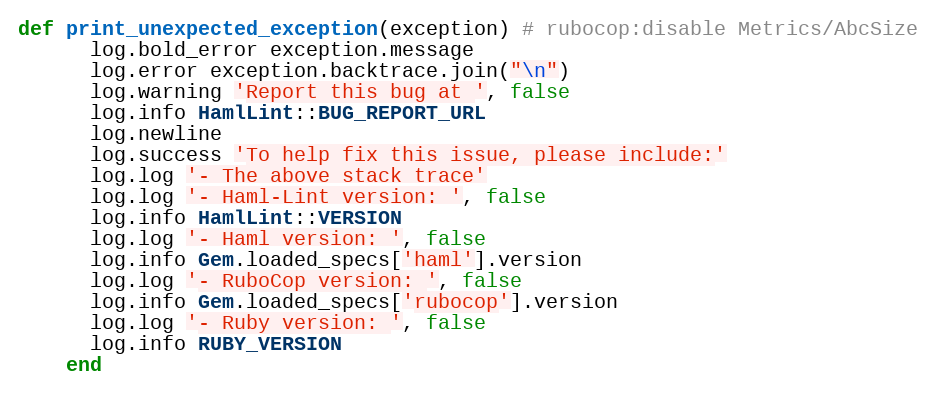
Language: Ruby
def print_unexpected_exception(exception) # rubocop:disable Metrics/AbcSize
      log.bold_error exception.message
      log.error exception.backtrace.join("\n")
      log.warning 'Report this bug at ', false
      log.info HamlLint::BUG_REPORT_URL
      log.newline
      log.success 'To help fix this issue, please include:'
      log.log '- The above stack trace'
      log.log '- Haml-Lint version: ', false
      log.info HamlLint::VERSION
      log.log '- Haml version: ', false
      log.info Gem.loaded_specs['haml'].version
      log.log '- RuboCop version: ', false
      log.info Gem.loaded_specs['rubocop'].version
      log.log '- Ruby version: ', false
      log.info RUBY_VERSION
    end